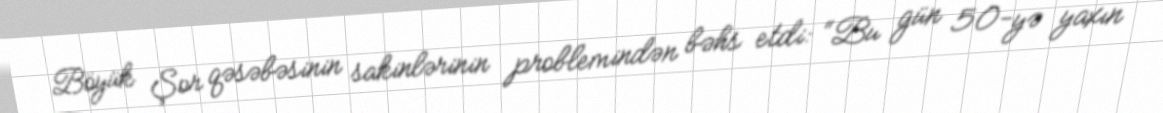
Böyük Şor qəsəbəsinin sakinlərinin problemindən bəhs etdi: “Bu gün 50-yə yaxın